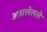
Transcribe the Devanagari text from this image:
असलेलले